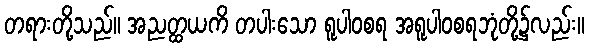
တရားတို့သည်။ အညတ္ထယကိ တပါးသော ရူပါဝစရ အရူပါဝစရဘုံတို့၌လည်း။